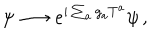
\psi \longrightarrow e ^ { i \sum _ { a } g _ { a } T ^ { a } } \psi \, ,